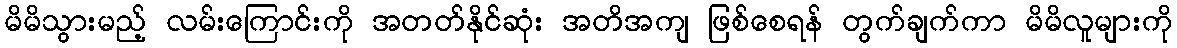
မိမိသွားမည့် လမ်းကြောင်းကို အတတ်နိုင်ဆုံး အတိအကျ ဖြစ်စေရန် တွက်ချက်ကာ မိမိလူများကို